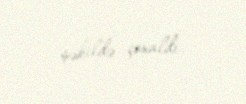
şəkildə çoxaldı.